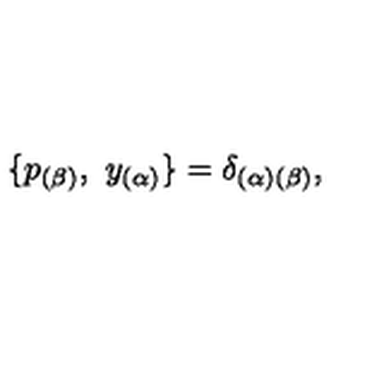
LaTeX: \{ p _ { ( \beta ) } , \ { y } _ { ( \alpha ) } \} = \delta _ { ( \alpha ) ( \beta ) } ,